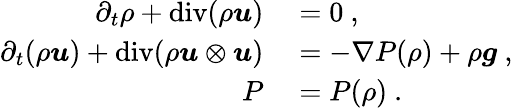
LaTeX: \begin{array}{rl}{\partial_{t}\rho+\mathrm{div}(\rho\boldsymbol{u})}&{{}=0\ ,}\\ {\partial_{t}(\rho\boldsymbol{u})+\mathrm{div}(\rho\boldsymbol{u}\otimes\boldsymbol{u})}&{{}=-\nabla P(\rho)+\rho\boldsymbol{g}\ ,}\\ {P}&{{}=P(\rho)\ .}\end{array}